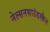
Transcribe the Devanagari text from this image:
नेल्सनसाउंडस्कैन